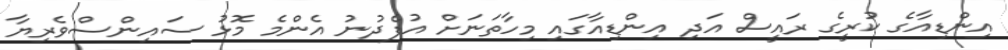
އިންޑިއާގެ ކުރީގެ ރައީސް އަދި އިންޑިއާގައި މިހާތަނަށް އުފެދުނު އެންމެ މޮޅު ސައިންސްވެރިޔާ